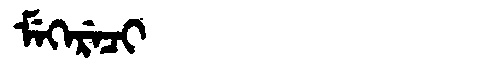
Manchu: ᠮᡝᡴᡝᡵᡝᠴᡳ
Romanization: MEKERECI